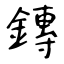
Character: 鏄